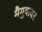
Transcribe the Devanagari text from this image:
मैगुवायर